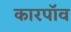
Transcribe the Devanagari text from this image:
कारपॉव